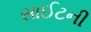
સાઈટની